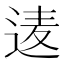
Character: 𮞒